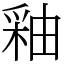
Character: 釉